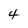
Character: 4